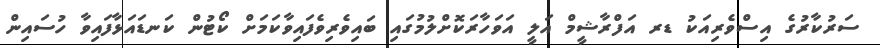
ސަރުކާރުގެ އިސްވެރިއަކު ޑރ އަފްރާޝީމް އަލީ އަވަހާރަކޮށްލުމުގައި ބައިވެރިވެފައިވާކަމަށް ކޯޓުން ކަނޑައަޅާފައިވާ ހުސައިން